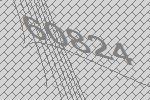
60824